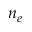
n _ { e }